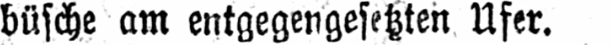
büsche am entgegengesetzten Ufer.